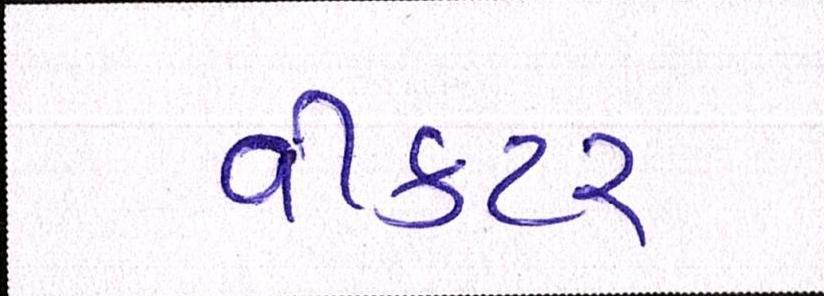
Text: વીકટર